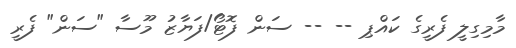
މާމިގިލީ ފެރީގެ ކައްޕި -- -- ސަން ފޮޓޯ/ފަޔާޒު މޫސާ "ސަން" ފެރީ